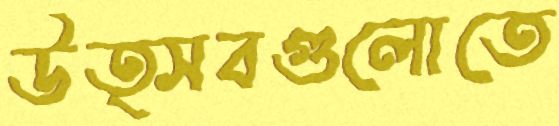
উত্সবগুলোতে